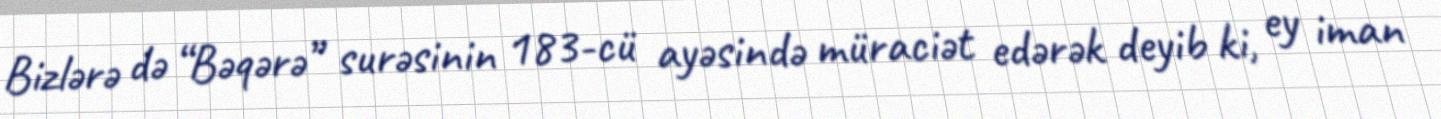
Bizlərə də “Bəqərə” surəsinin 183-cü ayəsində müraciət edərək deyib ki, ey iman